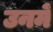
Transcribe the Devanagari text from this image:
उनमेँ